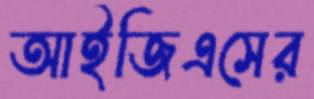
আইজিএসের